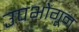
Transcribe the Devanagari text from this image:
उपभोगून